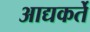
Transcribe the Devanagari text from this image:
आद्यकर्ते